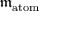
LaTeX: { \mathfrak { m } } _ { \mathrm { a t o m } }